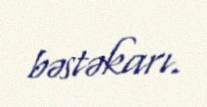
bəstəkarı.